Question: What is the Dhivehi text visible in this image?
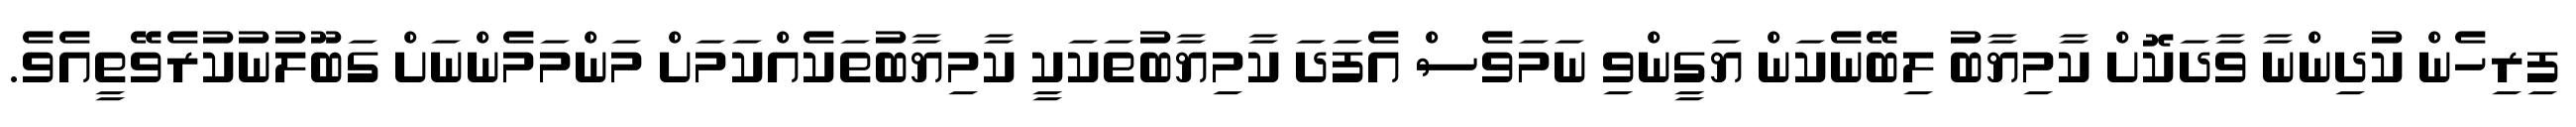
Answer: ފިރިހެން ކުދިންނާ ވާދަކޮށް ކާމިޔާބު ލިބޭނެކަން ޔަގީންވި ނަމަވެސް އެފަދަ ކާމިޔާބުތަކަކީ ކާމިޔާބުތަކެއްކަމަށް މަންމަމެންނަށް ގަބޫލުނުކުރެވޭތީއެވެ.